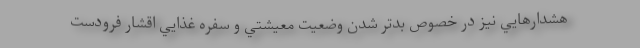
هشدارهايي نيز در خصوص بدتر شدن وضعيت معيشتي و سفره غذايي اقشار فرودست